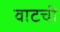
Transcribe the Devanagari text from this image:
वाटची